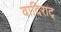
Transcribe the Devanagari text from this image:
वादिराट्